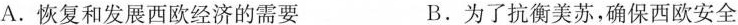
A.恢复和发展西欧经济的需要 B.为了抗衡美苏，确保西欧安全